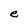
Character: e